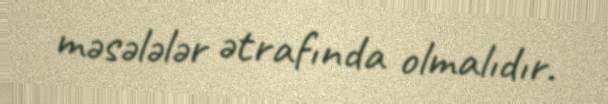
məsələlər ətrafında olmalıdır.